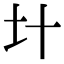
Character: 𡈿